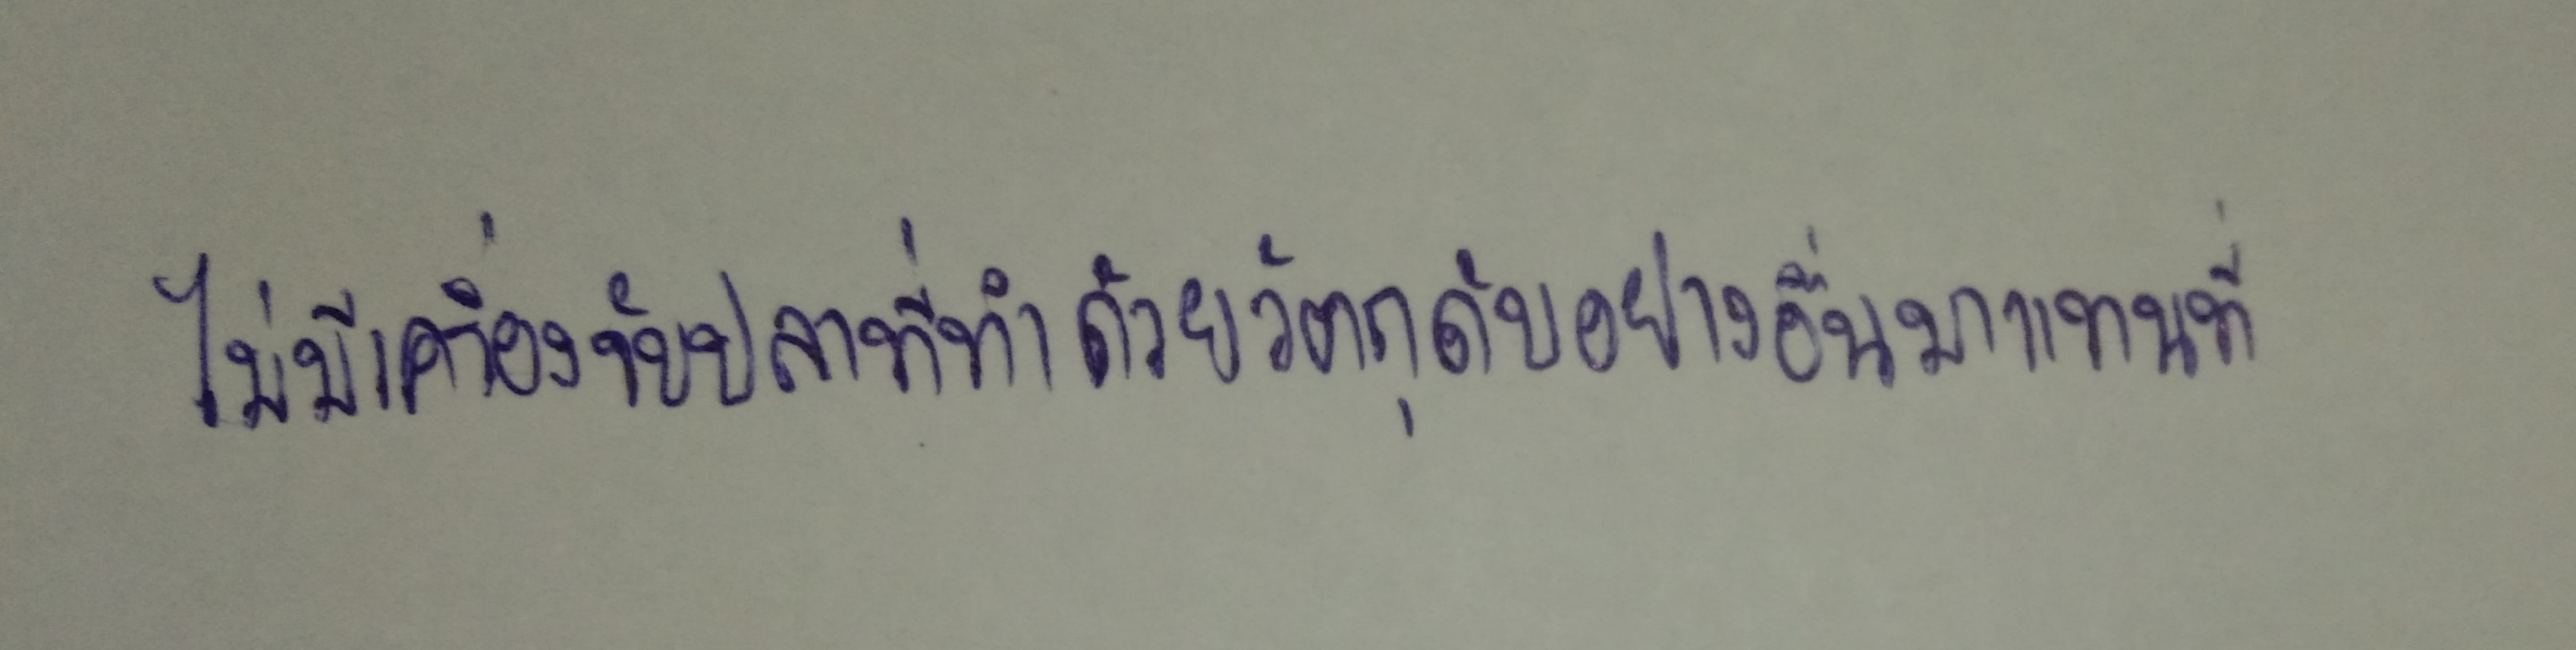
ไม่มีเครื่องจับปลาที่ทำด้วยวัตถุดิบอย่างอื่นมาแทนที่